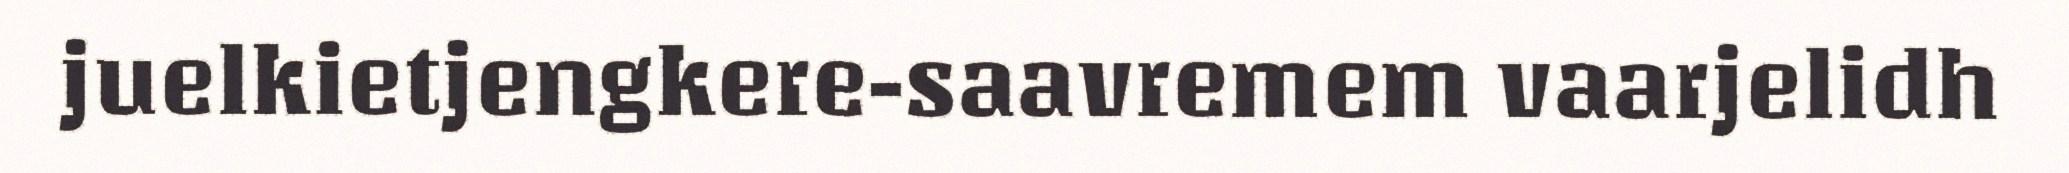
juelkietjengkere-saavremem vaarjelidh